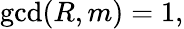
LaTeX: \operatorname*{gcd}(R,m)=1,